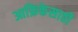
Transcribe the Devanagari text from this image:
आफ्रिकेसाठी